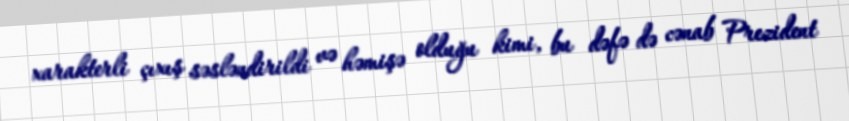
xarakterli çıxış səsləndirildi və həmişə olduğu kimi, bu dəfə də cənab Prezident